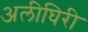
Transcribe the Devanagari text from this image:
अलीघिरी